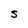
Character: S